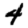
Digit: 4